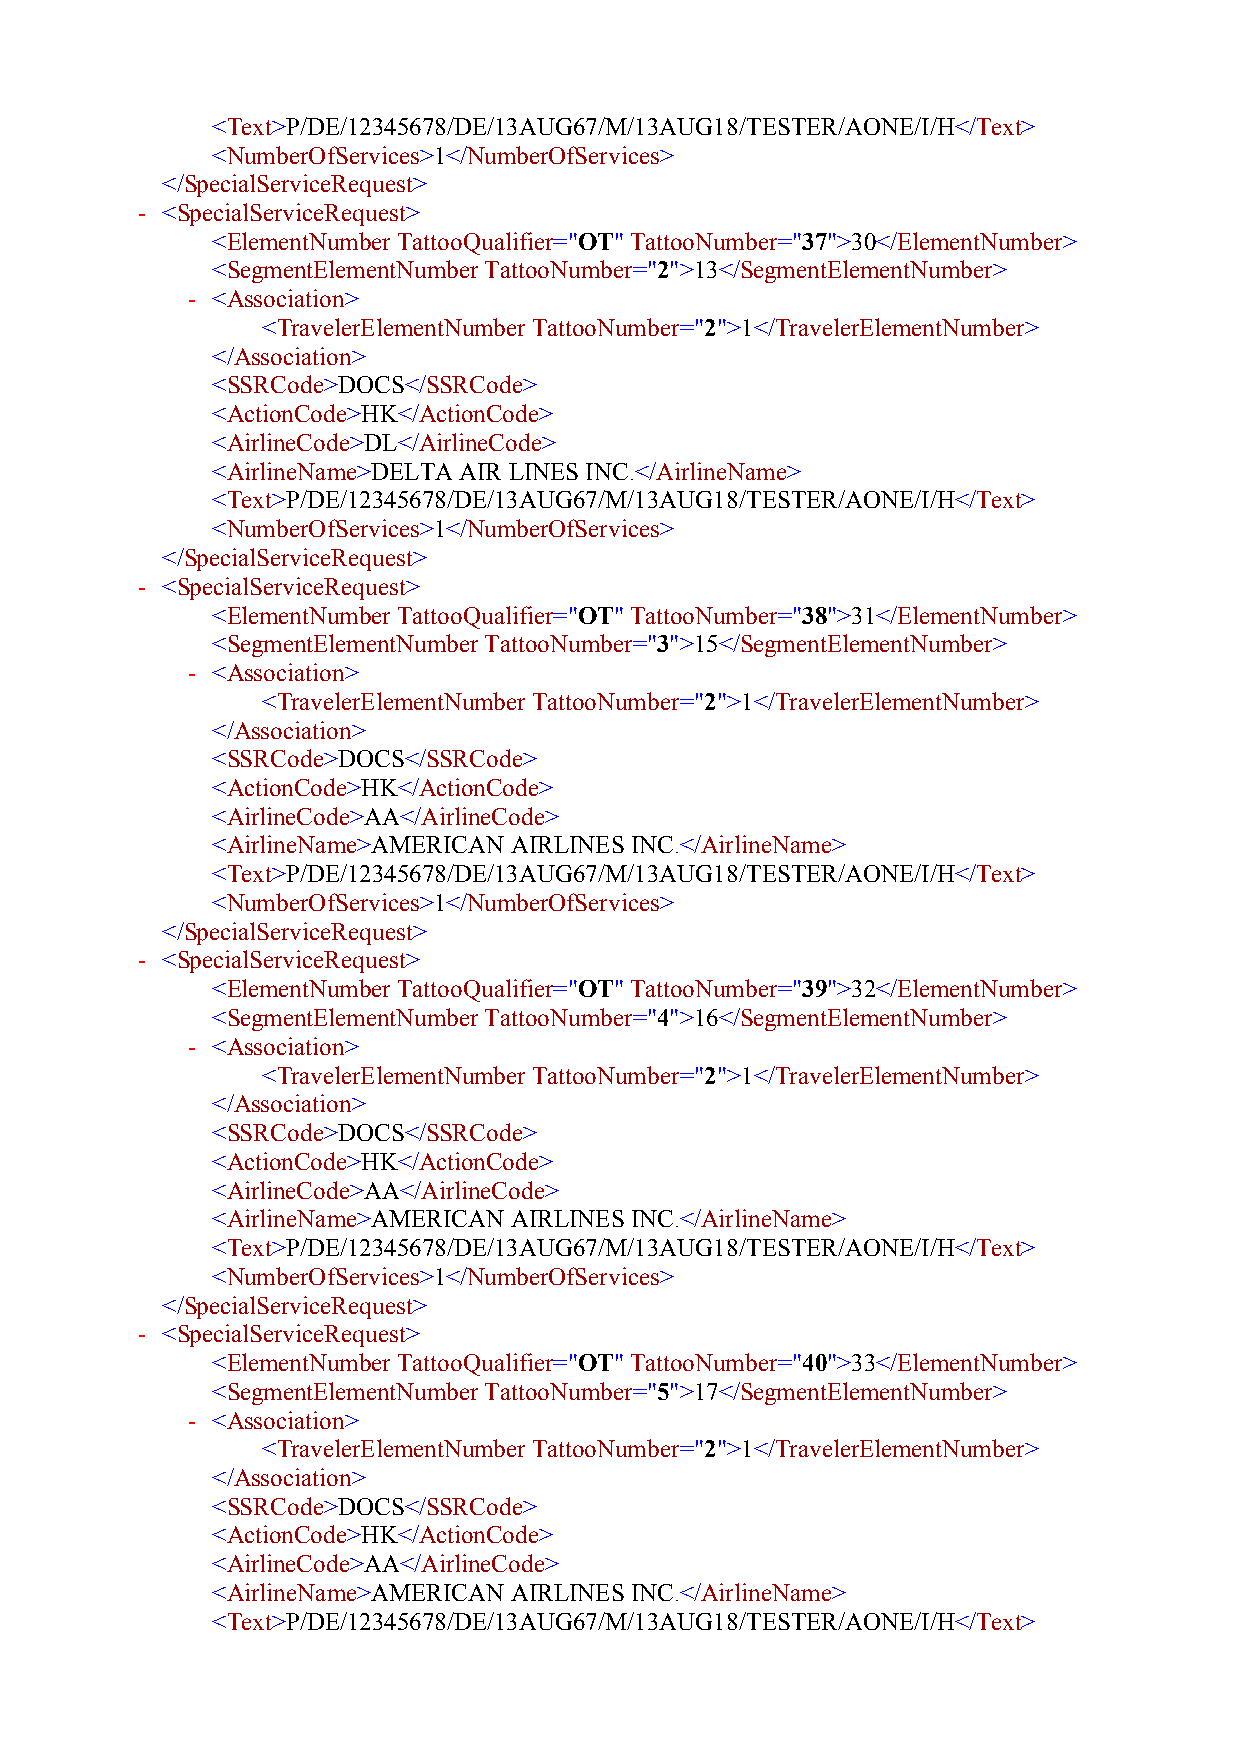
<Text>P/DE/12345678/DE/13AUG67/M/13AUG18/TESTER/AONE/I/H</Text>
 <NumberOfServices>1</NumberOfServices>
 </SpecialServiceRequest>
 - <SpecialServiceRequest>
 <ElementNumber TattooQualifier="OT" TattooNumber="37">30</ElementNumber>
 <SegmentElementNumberTattooNumber="2">13</SegmentElementNumber>
 - <Association>
 <TravelerElementNumberTattooNumber="2">1</TravelerElementNumber>
 </Association>
 <SSRCode>DOCS</SSRCode>
 <ActionCode>HK</ActionCode>
 <AirlineCode>DL</AirlineCode>
 <AirlineName>DELTA AIR LINES INC.</AirlineName>
 <Text>P/DE/12345678/DE/13AUG67/M/13AUG18/TESTER/AONE/I/H</Text>
 <NumberOfServices>1</NumberOfServices>
 </SpecialServiceRequest>
 - <SpecialServiceRequest>
 <ElementNumber TattooQualifier="OT" TattooNumber="38">31</ElementNumber>
 <SegmentElementNumberTattooNumber="3">15</SegmentElementNumber>
 - <Association>
 <TravelerElementNumberTattooNumber="2">1</TravelerElementNumber>
 </Association>
 <SSRCode>DOCS</SSRCode>
 <ActionCode>HK</ActionCode>
 <AirlineCode>AA</AirlineCode>
 <AirlineName>AMERICAN AIRLINES INC.</AirlineName>
 <Text>P/DE/12345678/DE/13AUG67/M/13AUG18/TESTER/AONE/I/H</Text>
 <NumberOfServices>1</NumberOfServices>
 </SpecialServiceRequest>
 - <SpecialServiceRequest>
 <ElementNumber TattooQualifier="OT" TattooNumber="39">32</ElementNumber>
 <SegmentElementNumberTattooNumber="4">16</SegmentElementNumber>
 - <Association>
 <TravelerElementNumberTattooNumber="2">1</TravelerElementNumber>
 </Association>
 <SSRCode>DOCS</SSRCode>
 <ActionCode>HK</ActionCode>
 <AirlineCode>AA</AirlineCode>
 <AirlineName>AMERICAN AIRLINES INC.</AirlineName>
 <Text>P/DE/12345678/DE/13AUG67/M/13AUG18/TESTER/AONE/I/H</Text>
 <NumberOfServices>1</NumberOfServices>
 </SpecialServiceRequest>
 - <SpecialServiceRequest>
 <ElementNumber TattooQualifier="OT" TattooNumber="40">33</ElementNumber>
 <SegmentElementNumberTattooNumber="5">17</SegmentElementNumber>
 - <Association>
 <TravelerElementNumberTattooNumber="2">1</TravelerElementNumber>
 </Association>
 <SSRCode>DOCS</SSRCode>
 <ActionCode>HK</ActionCode>
 <AirlineCode>AA</AirlineCode>
 <AirlineName>AMERICAN AIRLINES INC.</AirlineName>
 <Text>P/DE/12345678/DE/13AUG67/M/13AUG18/TESTER/AONE/I/H</Text>